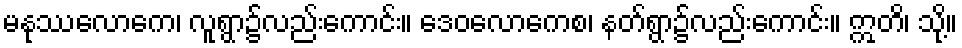
မနုဿလောကေ၊ လူရွာ၌လည်းကောင်း။ ဒေဝလောကေစ၊ နတ်ရွာ၌လည်းကောင်း။ ဣတိ၊ သို့။